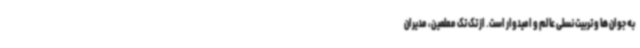
به جوان ها و تربیت نسلی عالم و امیدوار است. از تک تک معلمین، مدیران